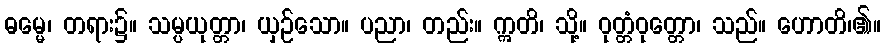
ဓမ္မေ၊ တရား၌။ သမ္ပယုတ္တာ၊ ယှဉ်သော။ ပညာ၊ တည်း။ ဣတိ၊ သို့။ ဝုတ္တံဝုတ္တော၊ သည်။ ဟောတိ၊၏။